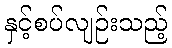
နှင့်စပ်လျဉ်းသည့်